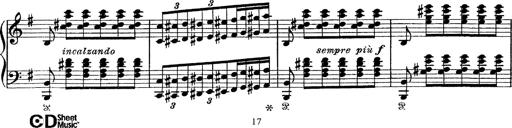
Title: Tarantelle di bravura dâ€™aprÃ¨s la tarantelle de La muette de Portici
Composer: Franz Liszt